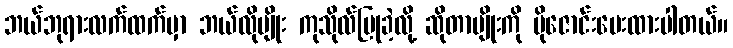
ဘယ်ဘုရားလက်ထက်မှာ ဘယ်လိုမျိုး ကုသိုလ်ပြုခဲ့လို့ ဆိုတာမျိုးကို ပိုဇောင်းပေးထားပါတယ်။